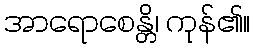
အာရောစေန္တိ၊ ကုန်၏။